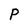
Character: P